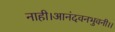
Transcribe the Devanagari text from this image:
नाही।आनंदवनभुवनी।।